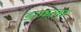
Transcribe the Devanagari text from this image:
डाफला